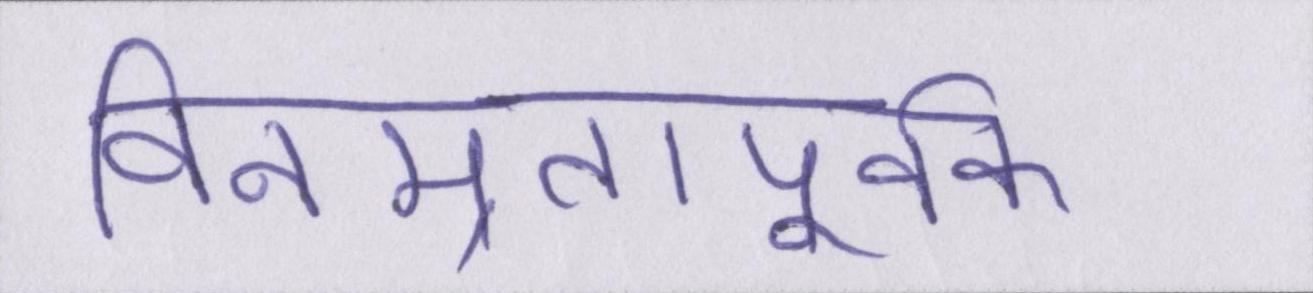
विनम्रतापूर्वक